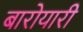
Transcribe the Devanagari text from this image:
बारोयारी